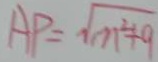
A P = \sqrt { m ^ { 2 } + 9 }